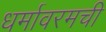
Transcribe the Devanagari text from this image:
धर्मावरमची